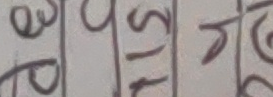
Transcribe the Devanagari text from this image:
पो स १ यो